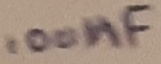
Text: 100nF